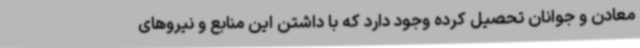
معادن و جوانان تحصیل کرده وجود دارد که با داشتن این منابع و نیروهای